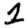
Digit: 1